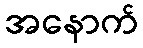
အနောက်